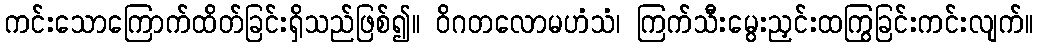
ကင်းသောကြောက်ထိတ်ခြင်းရှိသည်ဖြစ်၍။ ဝိဂတလောမဟံသံ၊ ကြက်သီးမွေးညှင်းထကြွခြင်းကင်းလျက်။